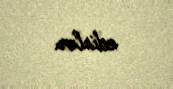
edirlər.